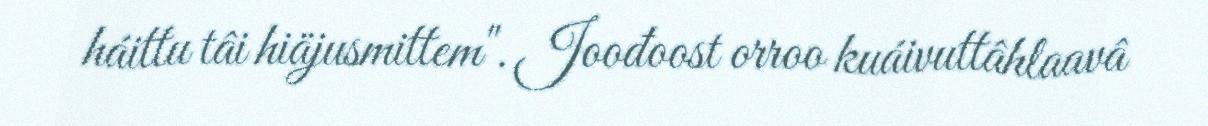
háittu tâi hiäjusmittem". Joođoost orroo kuáivuttâhlaavâ